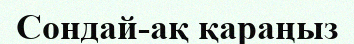
Сондай-ақ қараңыз